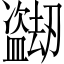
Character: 𬐼